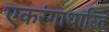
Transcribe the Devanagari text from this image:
एकरंगाधारित